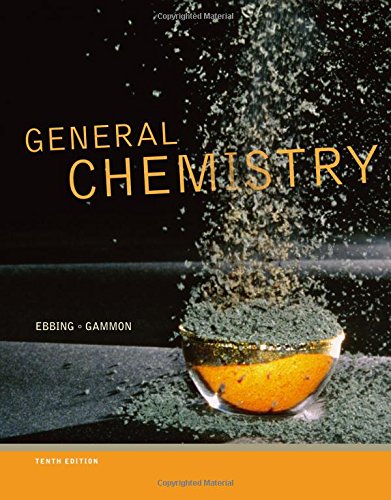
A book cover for General Chemistry; Darrell Ebbing; Science & Math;